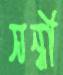
সন্ধী